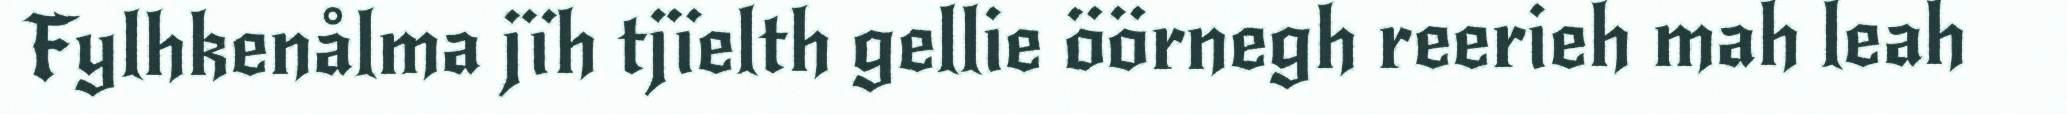
Fylhkenålma jïh tjïelth gellie öörnegh reerieh mah leah